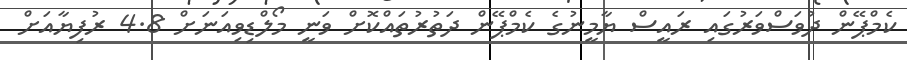
ކެމްޕޭން ދުވަސްވަރުގައި ރައީސް ޔާމީނުގެ ކެމްޕޭން ދަތުރުތައްކޮށް ވަނީ މޯލްޑިވިއަނަށް 4.8 ރުފިޔާއަށް